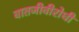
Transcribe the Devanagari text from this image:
वातजीवीरोधी